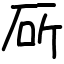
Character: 厛